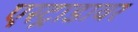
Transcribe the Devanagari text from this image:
एस्ट्राडावर